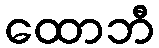
ထောဘီ